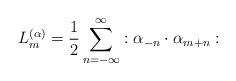
LaTeX: \begin{align*}L_m^{(\alpha)}=\frac{1}{2}\sum_{n=-\infty}^{\infty}:\alpha_{-n}\cdot\alpha_{m+n}:\end{align*}